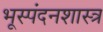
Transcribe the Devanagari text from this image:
भूस्पंदनशास्त्र